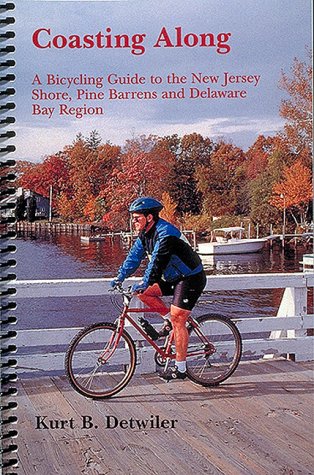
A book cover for Coasting Along: A Bicycling Guide to New Jersey Shore, Pine Barrens and Delaware Bay Region; Kurt B. Detwiler; Travel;